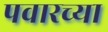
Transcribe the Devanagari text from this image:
पवारच्या